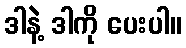
ဒါနဲ့ ဒါကို ပေးပါ။